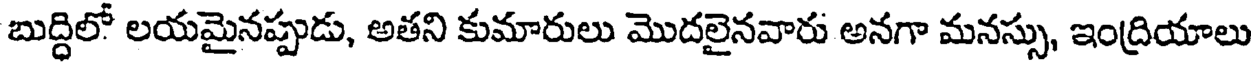
బుద్ధిలో లయమైనప్పుడు, అతని కుమారులు మొదలైనవారు అనగా మనస్సు, ఇంద్రియాలు